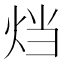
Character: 𤇻